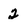
Character: 2